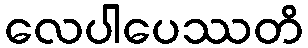
လေပါပေဿတိ